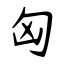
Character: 匈